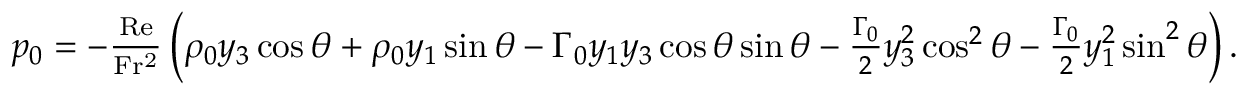
\begin{array} { r } { p _ { 0 } = - \frac { \mathrm { R e } } { \mathrm { F r ^ { 2 } } } \left( \rho _ { 0 } y _ { 3 } \cos \theta + \rho _ { 0 } y _ { 1 } \sin \theta - \Gamma _ { 0 } y _ { 1 } y _ { 3 } \cos \theta \sin \theta - \frac { \Gamma _ { 0 } } { 2 } y _ { 3 } ^ { 2 } \cos ^ { 2 } \theta - \frac { \Gamma _ { 0 } } { 2 } y _ { 1 } ^ { 2 } \sin ^ { 2 } \theta \right) . } \end{array}